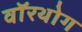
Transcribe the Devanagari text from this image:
वॉरथोग